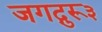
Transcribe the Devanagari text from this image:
जगद्गुरू३